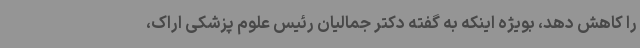
را کاهش دهد، بویژه اینکه به گفته دکتر جمالیان رئیس علوم پزشکی اراک،